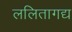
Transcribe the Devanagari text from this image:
ललितागद्य